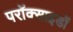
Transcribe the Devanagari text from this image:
परॉक्साइडों